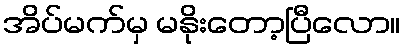
အိပ်မက်မှ မနိုးတော့ပြီလော။